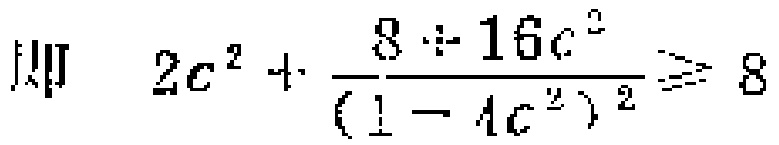
即 \(2c^{2}+\frac{8 + 16c^{2}}{(1 - 4c^{2})^{2}}\geqslant 8\)